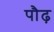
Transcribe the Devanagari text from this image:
पौढ़